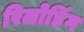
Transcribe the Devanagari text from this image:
रिलोडिंग